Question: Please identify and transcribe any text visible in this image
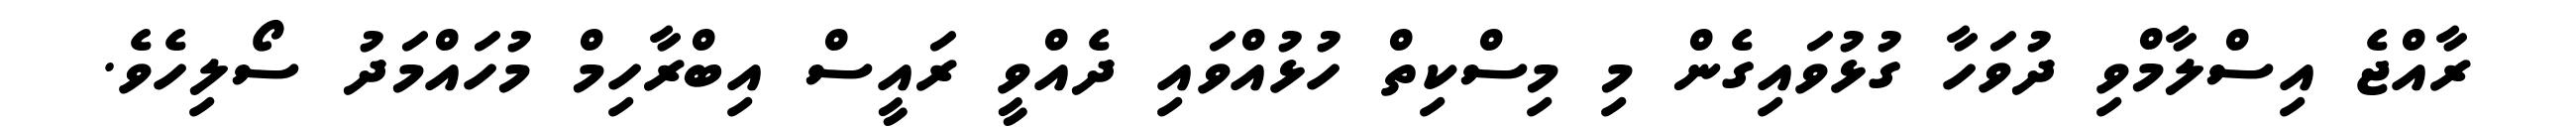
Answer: ރާއްޖެ އިސްލާމްވި ދުވަހާ ގުޅުވައިގެން މި މިސްކިތް ހުޅުއްވައި ދެއްވީ ރައީސް އިބްރާހިމް މުހައްމަދު ސޯލިހެވެ.